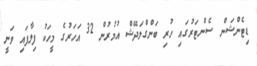
ޑިޓެންޝަން ސެންޓަރުގައި ހުރި ބަންގްލަދޭޝް އުމުރުން 32 އަހަރުގެ މީހަކު ފިލާފައި ވަނީ